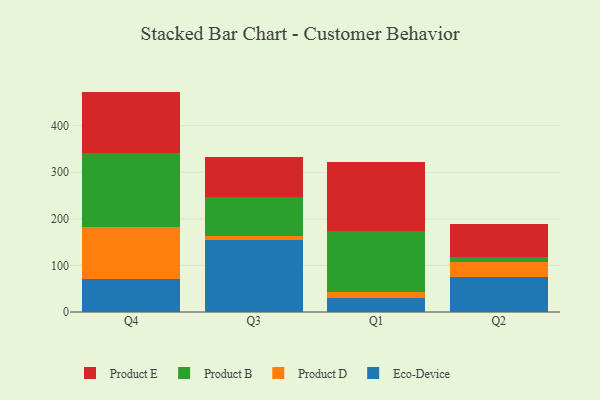
{"axis": {"x": "Quarter", "y": "LTV (USD)"}, "legend": ["Eco-Device", "Product B", "Product D", "Product E"], "data": [{"x": "Q4", "y": 71.1, "type": "Eco-Device"}, {"x": "Q4", "y": 110.7, "type": "Product D"}, {"x": "Q4", "y": 159.9, "type": "Product B"}, {"x": "Q4", "y": 131.5, "type": "Product E"}, {"x": "Q3", "y": 154.1, "type": "Eco-Device"}, {"x": "Q3", "y": 8.2, "type": "Product D"}, {"x": "Q3", "y": 84.9, "type": "Product B"}, {"x": "Q3", "y": 84.9, "type": "Product E"}, {"x": "Q1", "y": 29.4, "type": "Eco-Device"}, {"x": "Q1", "y": 13.8, "type": "Product D"}, {"x": "Q1", "y": 130.5, "type": "Product B"}, {"x": "Q1", "y": 148.5, "type": "Product E"}, {"x": "Q2", "y": 76.2, "type": "Eco-Device"}, {"x": "Q2", "y": 31.1, "type": "Product D"}, {"x": "Q2", "y": 10.5, "type": "Product B"}, {"x": "Q2", "y": 71.4, "type": "Product E"}]}